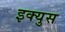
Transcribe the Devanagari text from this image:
इक्युस